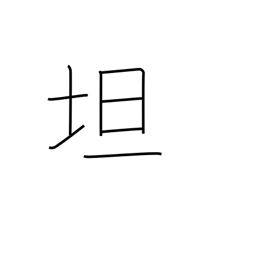
Meaning: level